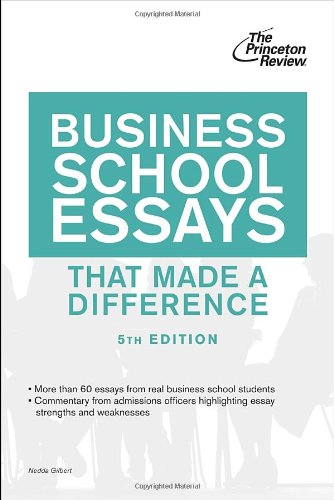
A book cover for Business School Essays That Made a Difference, 5th Edition (Graduate School Admissions Guides); Princeton Review; Education & Teaching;